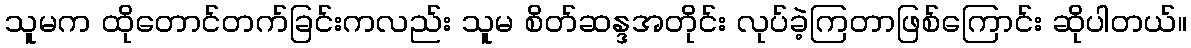
သူမက ထိုတောင်တက်ခြင်းကလည်း သူမ စိတ်ဆန္ဒအတိုင်း လုပ်ခဲ့ကြတာဖြစ်ကြောင်း ဆိုပါတယ်။